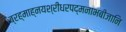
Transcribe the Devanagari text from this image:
ब्रह्माह्नयश्रीधरपद्मनाभबीजानि